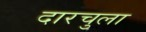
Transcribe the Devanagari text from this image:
दारचुला